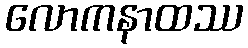
လောကနာထဿ